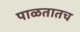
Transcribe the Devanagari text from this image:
पाळतातच